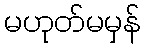
မဟုတ်မမှန်